Report of the Imperial Institute of Veterinary Research, Muktesar
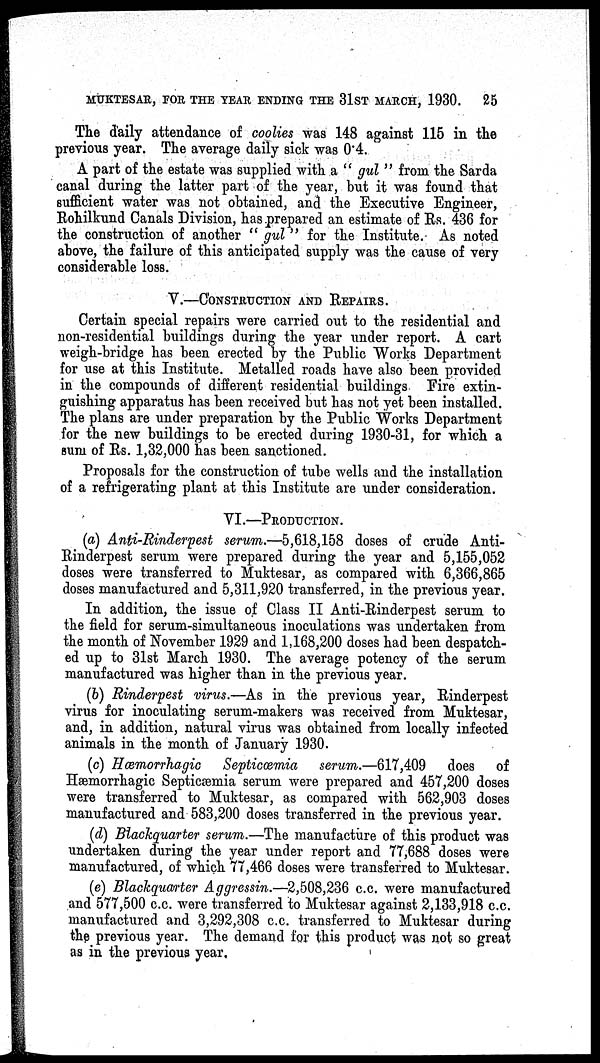
MUKTESAR, FOR THE YEAR ENDING THE 31ST MARCH, 1930. 25
The daily attendance of coolies was 148 against 115 in the
previous year. The average daily sick was 0.4.
A part of the estate was supplied with a " gul " from the Sarda
canal during the latter part of the year, but it was found that
sufficient water was not obtained, and the Executive Engineer,
Rohilkund Canals Division, has prepared an estimate of Rs. 436 for
the construction of another " gul " for the Institute. As noted
above, the failure of this anticipated supply was the cause of very
considerable loss.
V.—CONSTRUCTION AND REPAIRS.
Certain special repairs were carried out to the residential and
non-residential buildings during the year under report. A cart
weigh-bridge has been erected by the Public Works Department
for use at this Institute. Metalled roads have also been provided
in the compounds of different residential buildings Fire extin-
guishing apparatus has been received but has not yet been installed.
The plans are under preparation by the Public Works Department
for the new buildings to be erected during 1930-31, for which a
sum of Rs. 1,32,000 has been sanctioned.
Proposals for the construction of tube wells and the installation
of a refrigerating plant at this Institute are under consideration.
VI.—PRODUCTION.
(a) Anti-Rinderpest serum.—5,618,158 doses of crude Anti-
Rinderpest serum were prepared during the year and 5,155,052
doses were transferred to Muktesar, as compared with 6,366,865
doses manufactured and 5,311,920 transferred, in the previous year.
In addition, the issue of Class II Anti-Rinderpest serum to
the field for serum-simultaneous inoculations was undertaken from
the month of November 1929 and 1,168,200 doses had been despatch-
ed up to 31st March 1930. The average potency of the serum
manufactured was higher than in the previous year.
(b) Rinderpest virus.—As in the previous year, Rinderpest
virus for inoculating serum-makers was received from Muktesar,
and, in addition, natural virus was obtained from locally infected
animals in the month of January 1930.
(c) Hæmorrhagic
Septicæmia
serum.—617,409 does of
Hæmorrhagic Septicæmia serum were prepared and 457,200 doses
were transferred to Muktesar, as compared with 562,903 doses
manufactured and 583,200 doses transferred in the previous year.
(d) Blackquarter serum.—The manufacture of this product was
undertaken during the year under report and 77,688 doses were
manufactured, of which 77,466 doses were transferred to Muktesar.
(e) Blackquarter Aggressin.—2,508,236 c.c. were manufactured
and 577,500 c.c. were transferred to Muktesar against 2,133,918 c.c.
manufactured and 3,292,308 c.c. transferred to Muktesar during
the previous year. The demand for this product was not so great
as in the previous year.